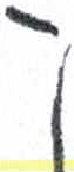
אות: ק